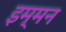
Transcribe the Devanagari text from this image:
इम्मन